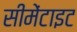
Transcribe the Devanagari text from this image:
सीमेंटाइट